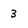
Character: 3